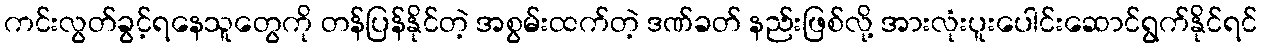
ကင်းလွတ်ခွင့်ရနေသူတွေကို တန်ပြန်နိုင်တဲ့ အစွမ်းထက်တဲ့ ဒဏ်ခတ် နည်းဖြစ်လို့ အားလုံးပူးပေါင်းဆောင်ရွက်နိုင်ရင်